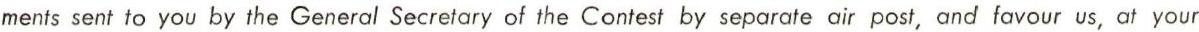
ments sent to you by the General Secretary of the Contest by separate air post, and favour us, at your